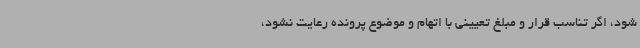
شود، اگر تناسب قرار و مبلغ تعیینی با اتهام و موضوع پرونده رعایت نشود،